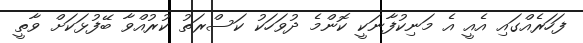
ފަހަރެއްގައި އެއީ އެ މަނިކުފާނަކީ ކޮންމެ ދުވަހަކު ކަސްރަތު ކުރުއްވާ ބޭފުޅަކަށް ވާތީ